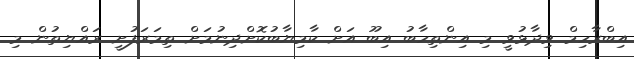
އިބްރާހިމް ވިދާޅުވީ މި އިންތިހާބު އިބޫ އަށް ކާމިޔާބުކޮށްދިނުމަށް ތިމަރަފުށީ ރައްޔިތުން މި